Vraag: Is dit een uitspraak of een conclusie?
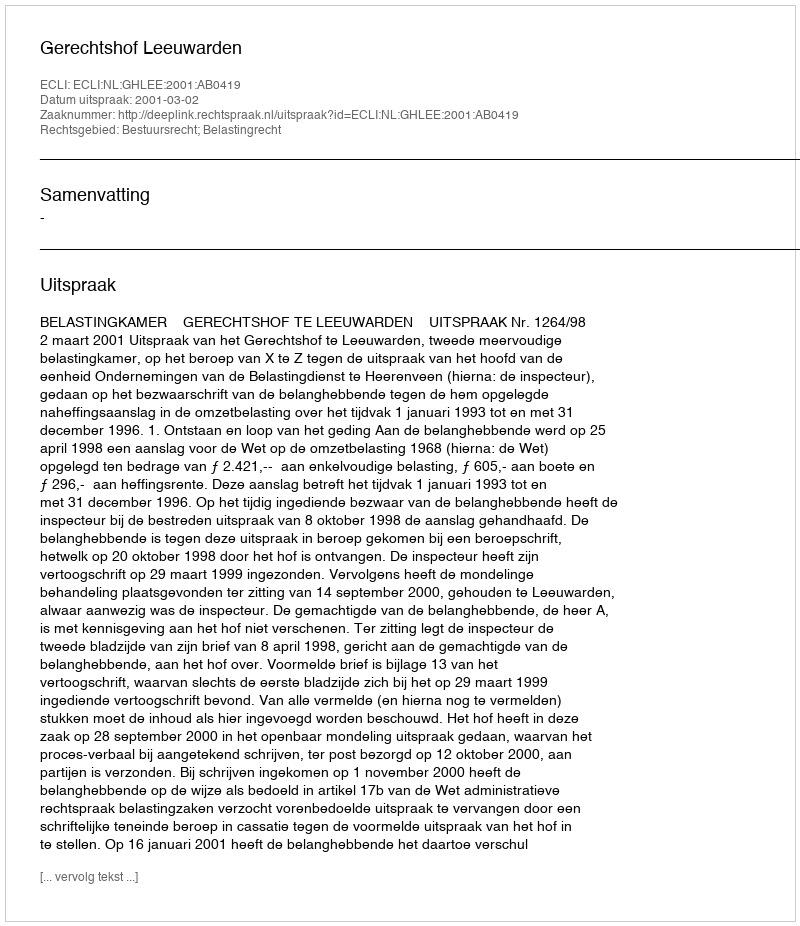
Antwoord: Uitspraak